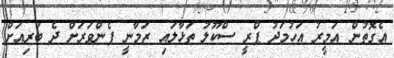
އެގޮތުން އަމީރު އަހުމަދު ޕްރީ ސްކޫލު ތަޅާލައި ޒަމާނީ ފެންވަރަށް ދެ ބުރިއަށް